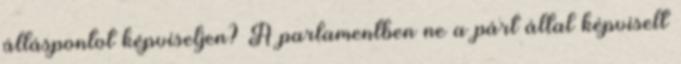
álláspontot képviseljen? A parlamentben ne a párt által képviselt